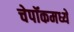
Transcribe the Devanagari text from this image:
चेपॉकमध्ये